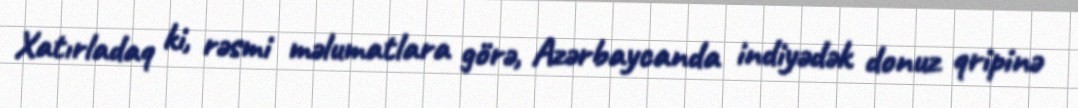
Xatırladaq ki, rəsmi məlumatlara görə, Azərbaycanda indiyədək donuz qripinə